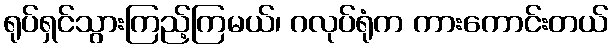
ရုပ်ရှင်သွားကြည့်ကြမယ်၊ ဂလုပ်ရုံက ကားကောင်းတယ်